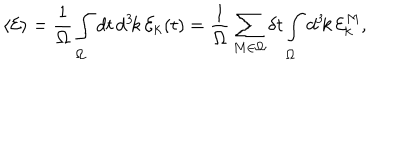
LaTeX: \langle { \cal E } \rangle = { \frac { 1 } { \Omega } } \int _ { \Omega } d t \, d ^ { 3 } \! k \, { \cal E } _ { \bf k } ( t ) = { \frac { 1 } { \Omega } } \sum _ { M \in \Omega } \delta t \int _ { \Omega } d ^ { 3 } \! k \, { \cal E } _ { \bf k } ^ { M } ,